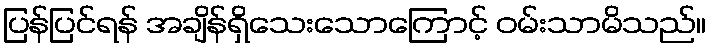
ပြန်ပြင်ရန် အချိန်ရှိသေးသောကြောင့် ဝမ်းသာမိသည်။